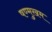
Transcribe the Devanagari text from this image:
षण्मुखम